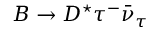
B \to D ^ { \star } \tau ^ { - } \bar { \nu } _ { \tau }